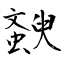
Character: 斔